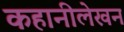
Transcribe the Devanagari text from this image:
कहानीलेखन